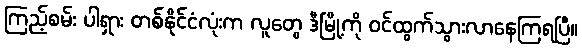
ကြည့်စမ်း ပါရှား တစ်နိုင်ငံလုံးက လူတွေ ဒီမြို့ကို ဝင်ထွက်သွားလာနေကြရပြီ။